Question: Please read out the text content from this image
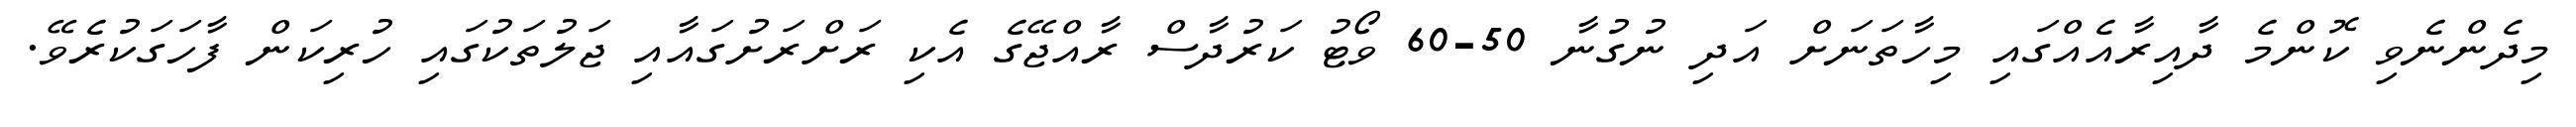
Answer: މިދެންނެވި ކޮންމެ ދާއިރާއެއްގައި މިހާތަނަށް އަދި ނުގުނާ 50-60 ވޯޓު ކަރުދާސް ރާއްޖޭގެ އެކި ރަށްރަށުގައާއި ޖަލުތަކުގައި ހުރިކަން ފާހަގަކުރެވޭ.